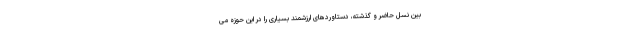
بین نسل حاضر و گذشته، دستاوردهای ارزشمند بسیاری را در این حوزه می